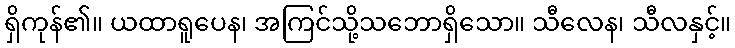
ရှိကုန်၏။ ယထာရူပေန၊ အကြင်သို့သဘောရှိသော။ သီလေန၊ သီလနှင့်။